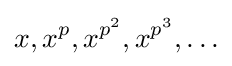
x,x^{p},x^{p^{2}},x^{p^{3}},\ldots